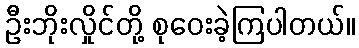
ဦးဘိုးလှိုင်တို့ စုဝေးခဲ့ကြပါတယ်။